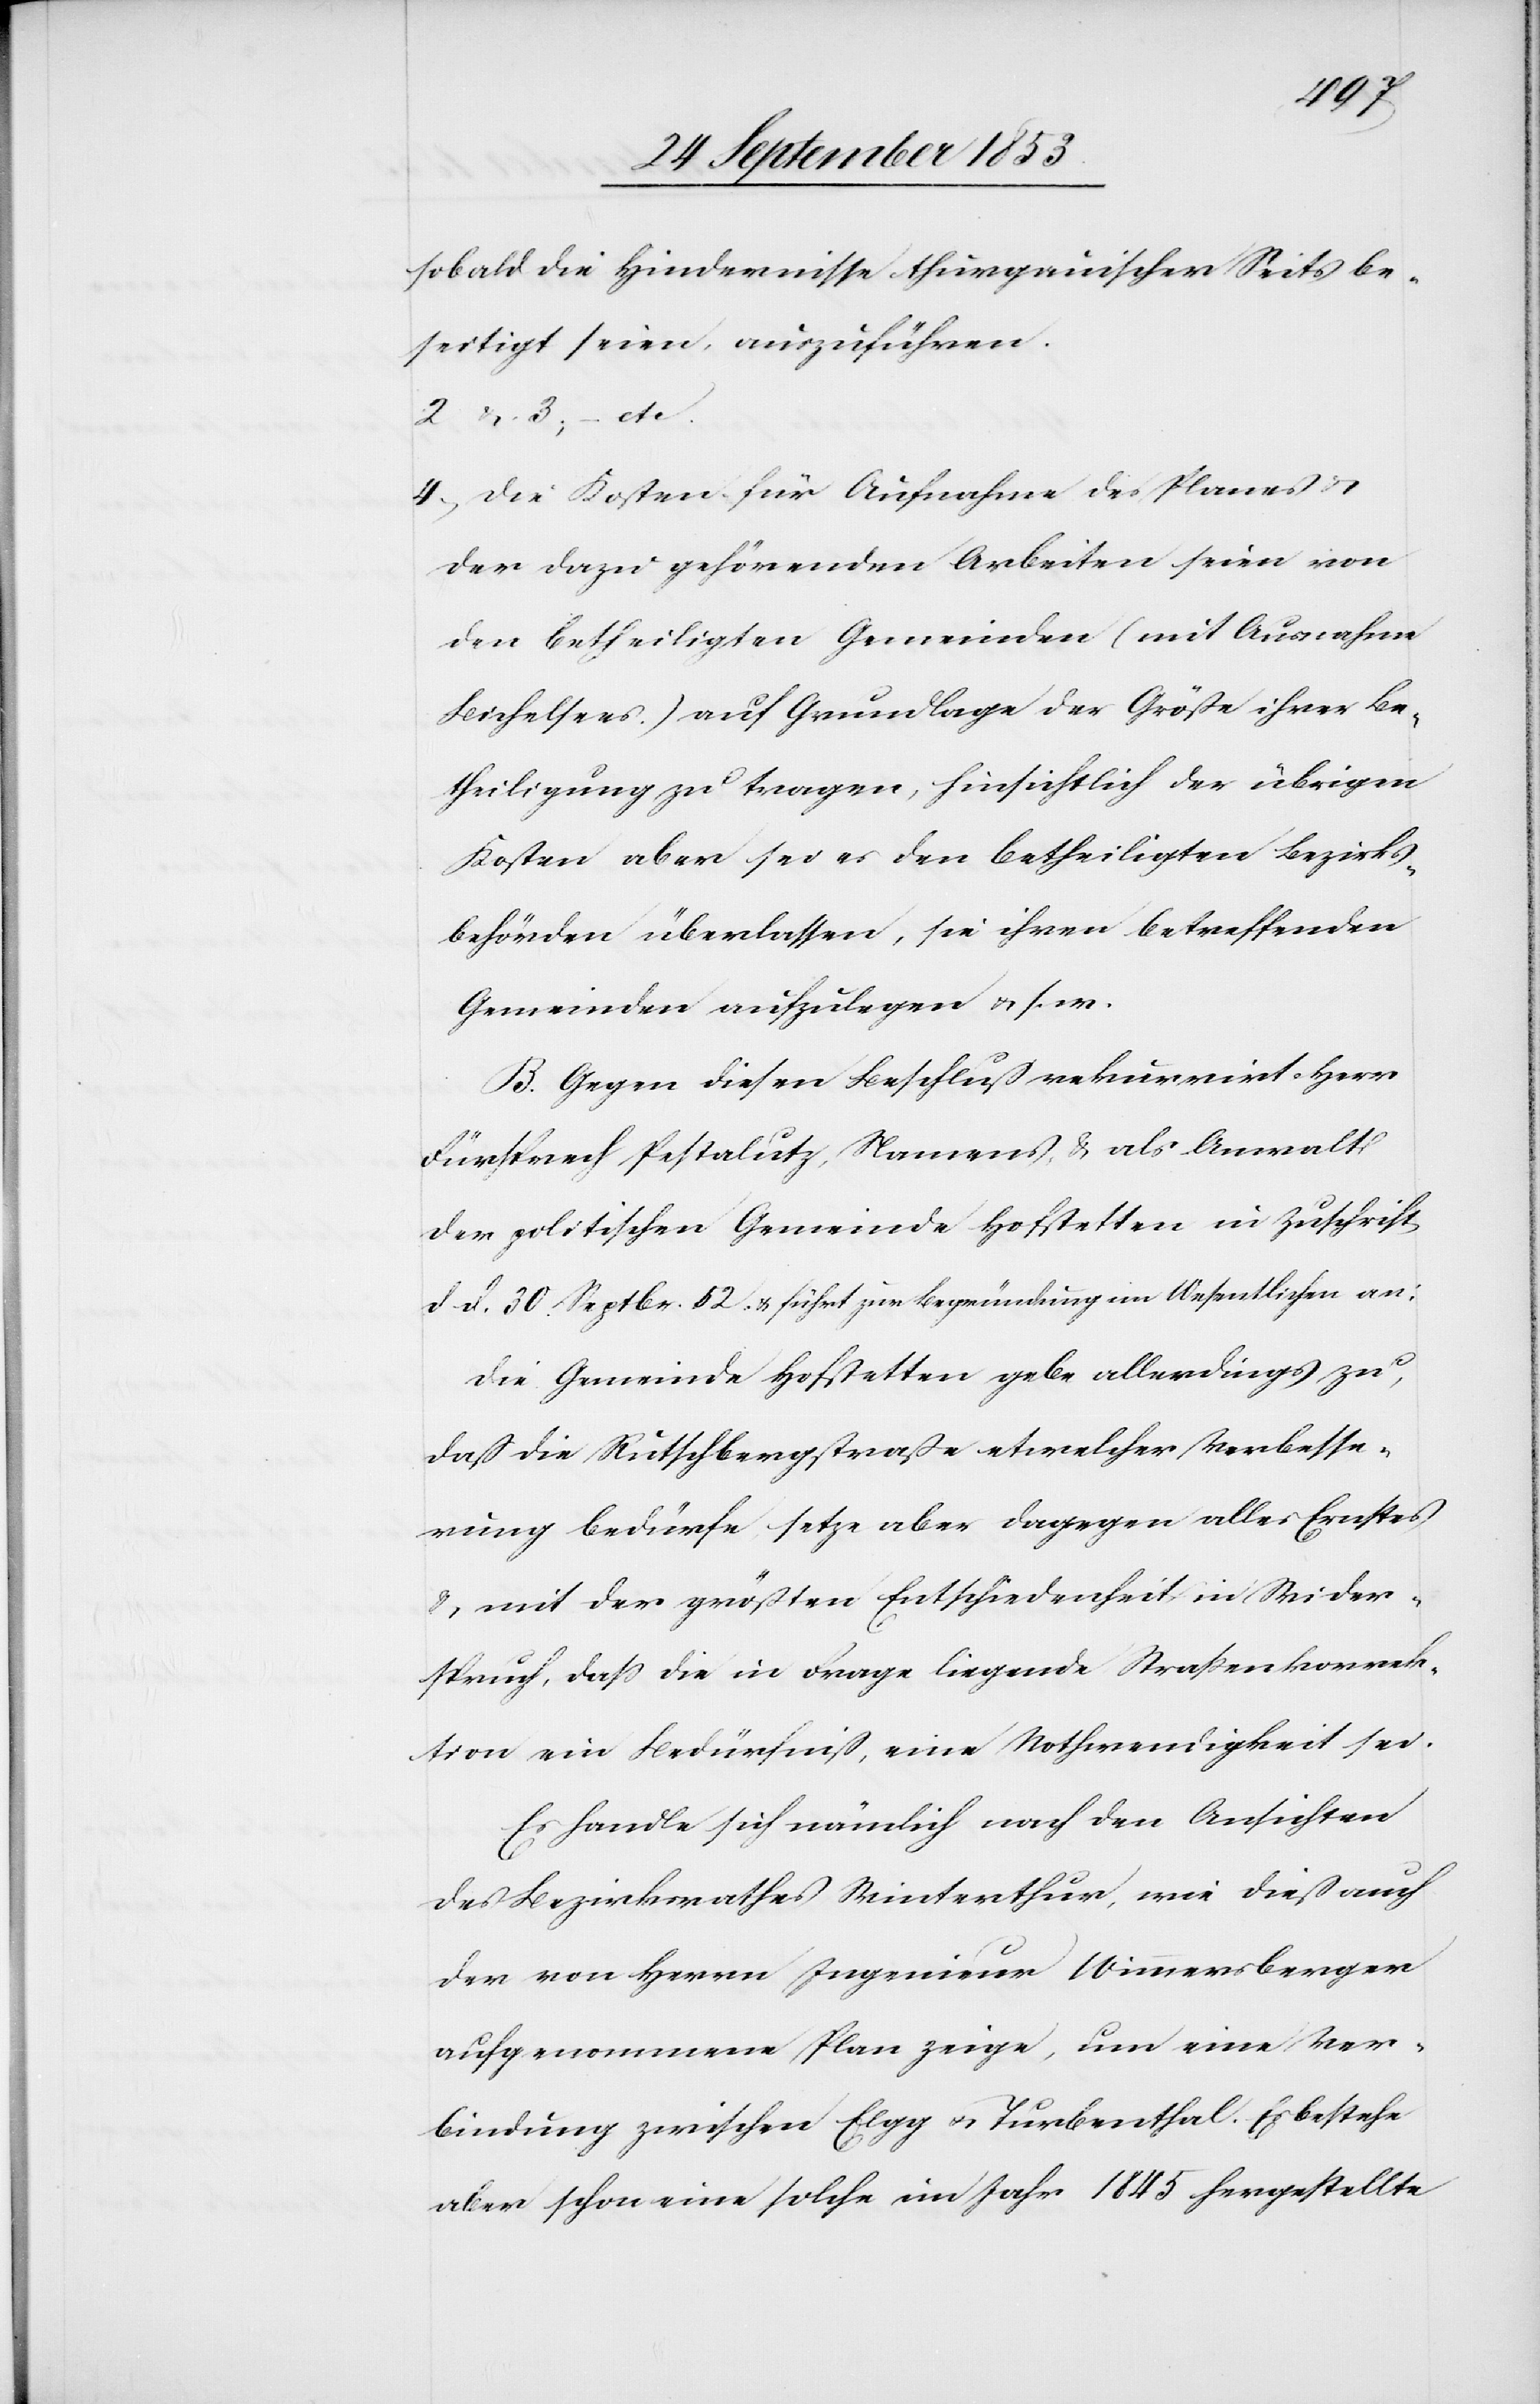
sobald die Hindernisse thurgauischer Seits be¬
seitigt seien, auszuführen.
2 u. 3, – etc.
4, Die Kosten für Aufnahme des Planes u.
der dazu gehörenden Arbeiten seien von
den betheiligten Gemeinden (mit Ausnahme
Bichelsees) auf Grundlage der Größe ihrer Be¬
theiligung zu tragen, hinsichtlich der übrigen
Kosten aber sei es den betheiligten Bezirks¬
behörden überlassen, sie ihren betreffenden
Gemeinden aufzulegen u. s. w.
B. Gegen diesen Beschluß rekurrirt Herr
Fürsprech Pestalutz, Namens u. als Anwalt
der politischen Gemeinde Hofstetten in Zuschrift
d. d. 30 Septbr. 52 u. führt zur Begründung im Wesentlichen an:
Die Gemeinde Hofstetten gebe allerdings zu,
daß die Rütschbergstraße etwelcher Verbesse¬
rungen bedürfe, setze aber dagegen alles Ernstes
u. mit der größten Entschiedenheit in Wider¬
spruch, daß die in Frage liegende Straßenkorrek¬
tion ein Bedürfniß, eine Nothwendigkeit sei.
Es handle sich nämlich nach den Ansichten
des Bezirksrathes Winterthur, wie dieß auch
der von Herrn Ingenieur Wimmersberger
aufgenommene Plan zeige, um eine Ver¬
bindung zwischen Elgg u. Turbenthal. Es bestehe
aber schon eine solche im Jahre 1845 hergestellte